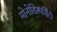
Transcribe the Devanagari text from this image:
मोनोडिस्पर्सिटी